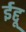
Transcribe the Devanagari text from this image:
ईद्दू